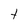
Character: t